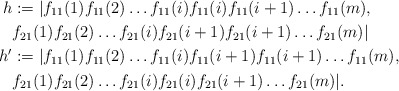
\begin{align*}h&:= | f_{11}(1)f_{11}(2)\ldots f_{11}(i) f_{11}(i) f_{11}(i+1)\ldots f_{11}(m),\ \\ &f_{21}(1)f_{21}(2)\ldots f_{21}(i) f_{21}(i+1) f_{21}(i+1)\ldots f_{21}(m)|\\h'&:= | f_{11}(1)f_{11}(2)\ldots f_{11}(i) f_{11}(i+1) f_{11}(i+1)\ldots f_{11}(m),\ \\ &f_{21}(1)f_{21}(2)\ldots f_{21}(i) f_{21}(i) f_{21}(i+1)\ldots f_{21}(m)|.\end{align*}